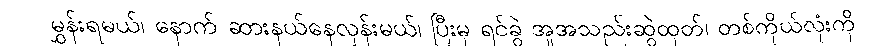
မွှန်းရမယ်၊ နောက် ဆားနယ်နေလှန်းမယ်၊ ပြီးမှ ရင်ခွဲ အူအသည်းဆွဲထုတ်၊ တစ်ကိုယ်လုံးကို